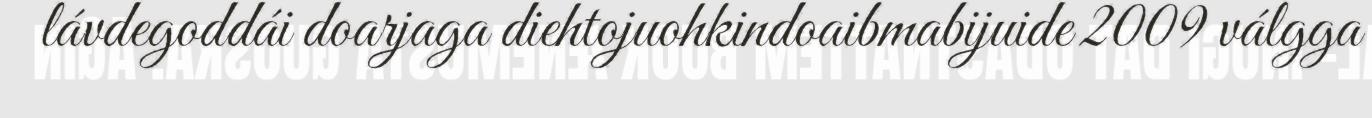
lávdegoddái doarjaga diehtojuohkindoaibmabijuide 2009 válgga